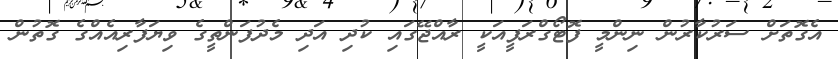
އެގޮތަށް ސަރުކާރުން ނިންމީ ފޮޓޯގްރަފީއަކީ ރާއްޖޭގައި ކުދި އަދި މެދުފަންތީގެ ވިޔަފާރިއެއްގެ ގޮތުން